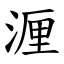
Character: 湹